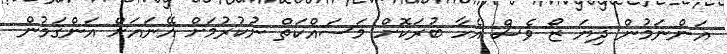
އަންނަމުން ދިޔަ ޒޯ ވެސް އެހާ ބުރަކޮށް މަސައްކަތް ނުކުރުމަށް އޭނައަށް އަންގަމުން